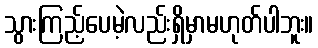
သွားကြည့်ပေမဲ့လည်းရှိမှာမဟုတ်ပါဘူး။